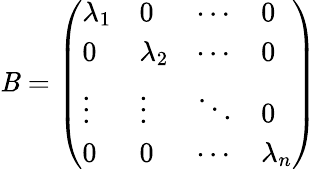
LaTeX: \mathit{B}={\left(\begin{array}{llll}{\lambda_{1}}&{0}&{\cdots}&{0}\\ {0}&{\lambda_{2}}&{\cdots}&{0}\\ {\vdots}&{\vdots}&{\ddots}&{0}\\ {0}&{0}&{\cdots}&{\lambda_{n}}\end{array}\right)}